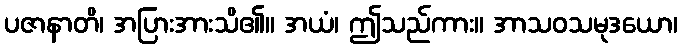
ပဇာနာတိ၊ အပြားအားသိ၏။ အယံ၊ ဤသည်ကား။ အာသဝသမုဒယော၊